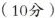
(10分)